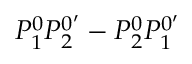
P _ { 1 } ^ { 0 } P _ { 2 } ^ { 0 ^ { \prime } } - P _ { 2 } ^ { 0 } P _ { 1 } ^ { 0 ^ { \prime } }